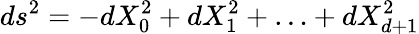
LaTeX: ds^{2}=-dX_{0}^{2}+dX_{1}^{2}+\ldots+dX_{d+1}^{2}